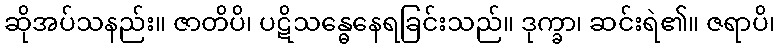
ဆိုအပ်သနည်း။ ဇာတိပိ၊ ပဋိသန္ဓေနေရခြင်းသည်။ ဒုက္ခာ၊ ဆင်းရဲ၏။ ဇရာပိ၊